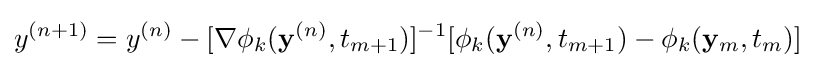
y^{(n+1)}=y^{(n)}-[\nabla \phi _{k}(\mathbf {y} ^{(n)},t_{m+1})]^{-1}[\phi _{k}(\mathbf {y} ^{(n)},t_{m+1})-\phi _{k}(\mathbf {y} _{m},t_{m})]